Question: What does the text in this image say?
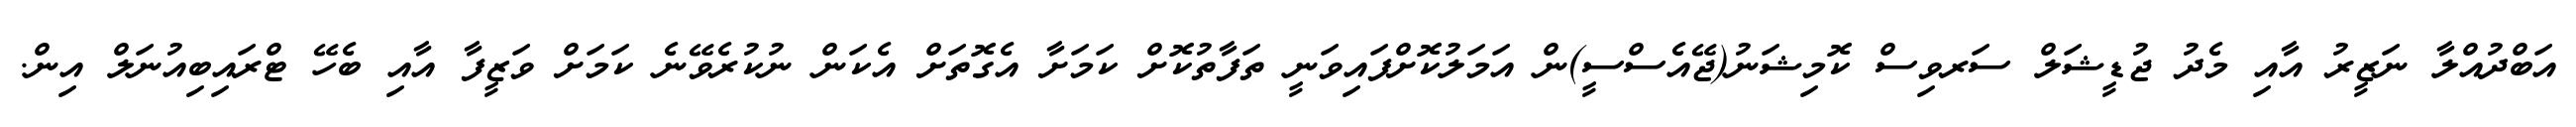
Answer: އަބްދުއްލާ ނަޒީރު އާއި މެދު ޖުޑީޝަލް ސަރވިސް ކޮމިޝަނު(ޖޭއެސްސީ)ން އަމަލުކޮށްފައިވަނީ ތަފާތުކޮށް ކަމަށާ އެގޮތަށް އެކަން ނުކުރެވޭނެ ކަމަށް ވަޒީފާ އާއި ބެހޭ ޓްރައިބިއުނަލް އިން.